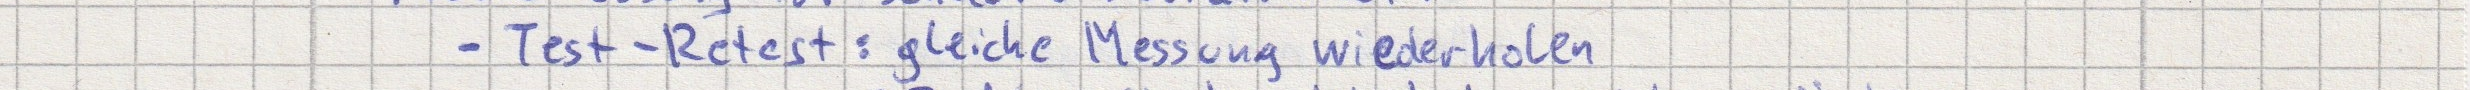
- Test-Retest: gleiche Messung wiederholen